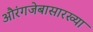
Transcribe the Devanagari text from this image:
औरंगजेबासारख्या